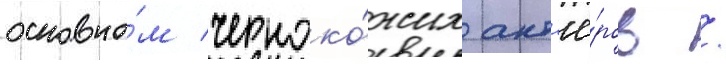
основно́м черноко́жих акт'ё́ров /